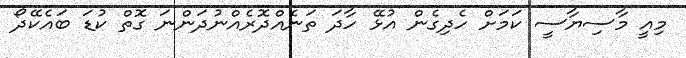
މިއީ މާސިޔާސީ ކަމަށް ހެދިގެން އުޅޭ ހާދަ ތަނެއްދޮރެއްނުދަންނަ ގޮތް ކުޑަ ބައެކޭދޯ